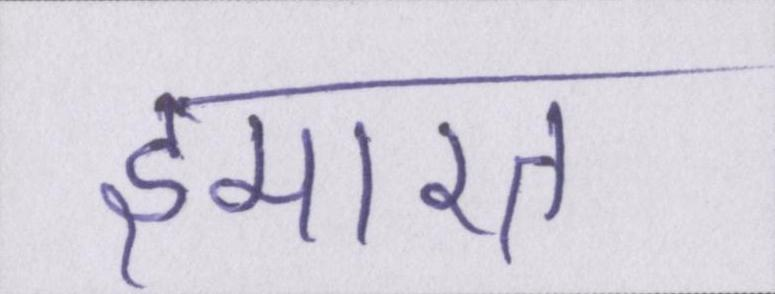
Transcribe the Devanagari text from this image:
इमारत